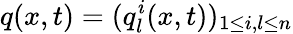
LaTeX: q(x,t)=(q_{l}^{i}(x,t))_{1\leq i,l\leq n}